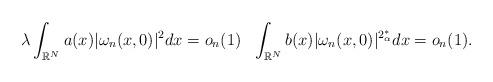
LaTeX: \begin{align*}\lambda\displaystyle\int_{\mathbb{R}^N}a(x)|\omega_n(x,0)|^2dx=o_n(1)~~\displaystyle\int_{\mathbb{R}^N}b(x)|\omega_n(x,0)|^{2_\alpha^*}dx=o_n(1). \end{align*}